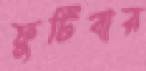
ফুটিবার